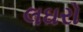
લઘરો